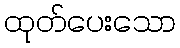
ထုတ်ပေးသော